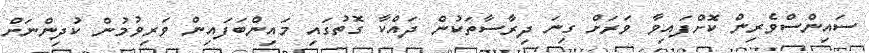
ސައިންސްވެރިން ކޮށްފައިވާ ވަރަށް ގިނަ ދިރާސާތަކުން ދައްކާ ގޮތުގައި މައިންބަފައިން ވަރިވުމުން ކުދިންނަށް